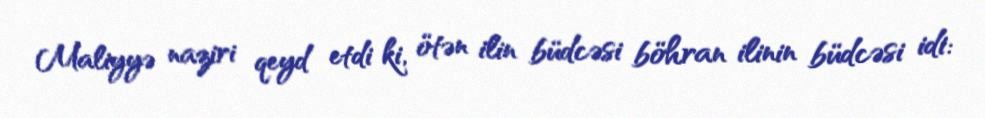
Maliyyə naziri qeyd etdi ki, ötən ilin büdcəsi böhran ilinin büdcəsi idi: